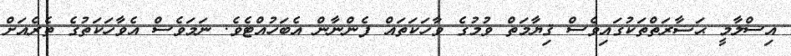
އިސްލާމީ ޙަޟާރަތްތަކުގައިވެސް ޤިޔާމަތް ވުމުގެ ވާހަކަތައް ފެންނާން އެބަހުއްޓެވެ. ނަމަވެސް އެވާހަކަތުގެ ތެރެއަށް